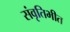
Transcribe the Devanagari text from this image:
संवृतिभीत